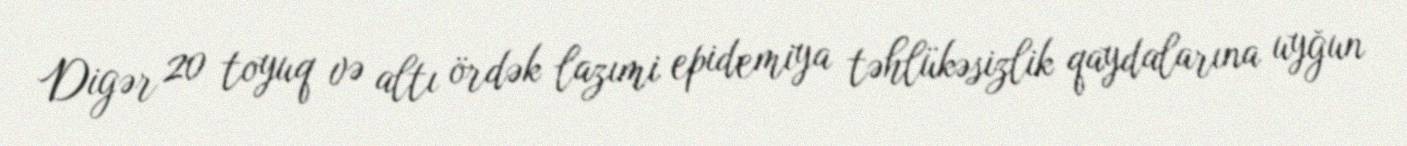
Digər 20 toyuq və altı ördək lazımi epidemiya təhlükəsizlik qaydalarına uyğun